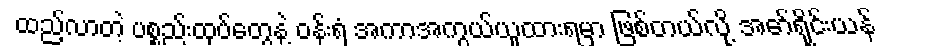
ထည့်လာတဲ့ ပစ္စည်းထုပ်တွေနဲ့ ဝန်းရံ အကာအကွယ်ယူထားရမှာ ဖြစ်တယ်လို့ အော်ရိုင်းယန်